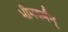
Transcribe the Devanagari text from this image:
भीमवर्मन्